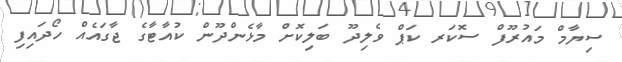
ސިޔާމް މައުރޫފް ސޮކަރ ކަޕް ވެލިދޫ ބަލިކޮށް މާޅެންދޫން ކުއާޓާގެ ޖާގައެއް ހޯދައިފި